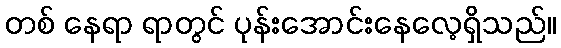
တစ် နေရာ ရာတွင် ပုန်းအောင်းနေလေ့ရှိသည်။